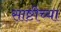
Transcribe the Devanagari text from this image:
साष्टीच्या